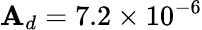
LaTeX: \mathbf{A}_{d}=7.2\times10^{-6}